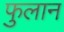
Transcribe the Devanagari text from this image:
फुलान